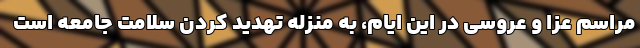
مراسم عزا و عروسی در این ایام، به منزله تهدید کردن سلامت جامعه است